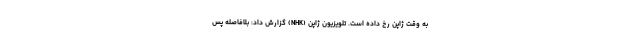
به وقت ژاپن رخ داده است. تلویزیون ژاپن (NHK) گزارش داد: بلافاصله پس